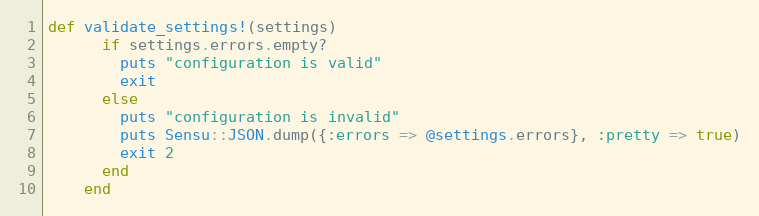
Language: Ruby
def validate_settings!(settings)
      if settings.errors.empty?
        puts "configuration is valid"
        exit
      else
        puts "configuration is invalid"
        puts Sensu::JSON.dump({:errors => @settings.errors}, :pretty => true)
        exit 2
      end
    end